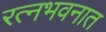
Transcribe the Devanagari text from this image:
रत्‍नभवनात